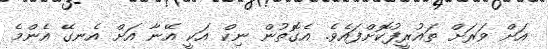
އަށް ވަރަށް ތައުރީފުކޮށްފައެވެ. އެގޮތުން ނިކް އަކީ އޭނާ އަށް އެނގޭ އެންމެ